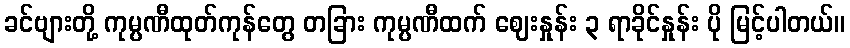
ခင်ဗျားတို့ ကုမ္ပဏီထုတ်ကုန်တွေ တခြား ကုမ္ပဏီထက် ဈေးနှုန်း ၃ ရာခိုင်နှုန်း ပို မြင့်ပါတယ်။